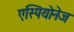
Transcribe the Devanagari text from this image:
एस्पियोनेज